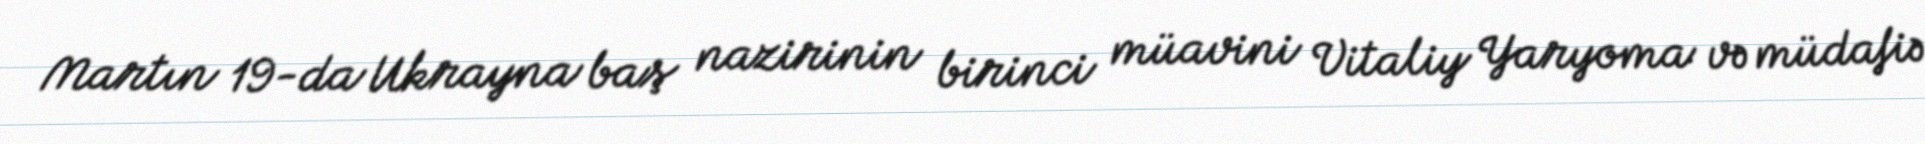
Martın 19-da Ukrayna baş nazirinin birinci müavini Vitaliy Yaryoma və müdafiə